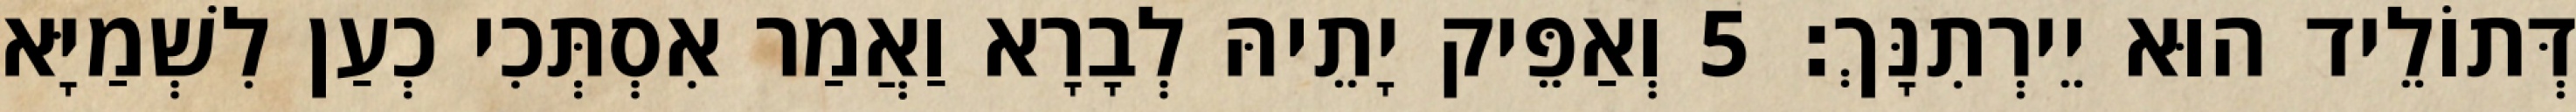
דְּתוֹלֵיד הוּא יֵירְתִנָּךְ׃ 5 וְאַפֵּיק יָתֵיהּ לְבָרָא וַאֲמַר אִסְתְּכִי כְעַן לִשְׁמַיָּא